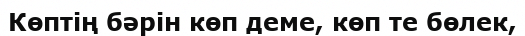
Көптің бәрін көп деме, көп те бөлек,